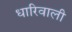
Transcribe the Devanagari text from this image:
धारिवाली